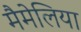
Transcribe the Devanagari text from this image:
मैमेलिया